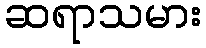
ဆရာသမား